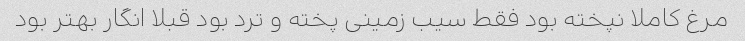
مرغ کاملا نپخته بود فقط سیب زمینی پخته و ترد بود قبلا انگار بهتر بود